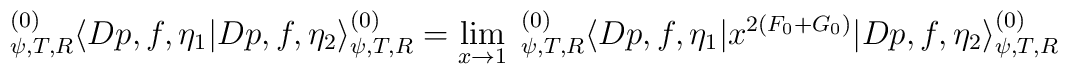
^{(0)}_{\psi,T,R} \langle Dp,f,\eta_1|Dp,f,\eta_2 \rangle^{(0)}_{\psi,T,R} = \lim_{x \to 1} \;^{(0)}_{\psi,T,R} \langle Dp,f,\eta_1|x^{2(F_0 + G_0)}|Dp,f,\eta_2 \rangle^{(0)}_{\psi,T,R}